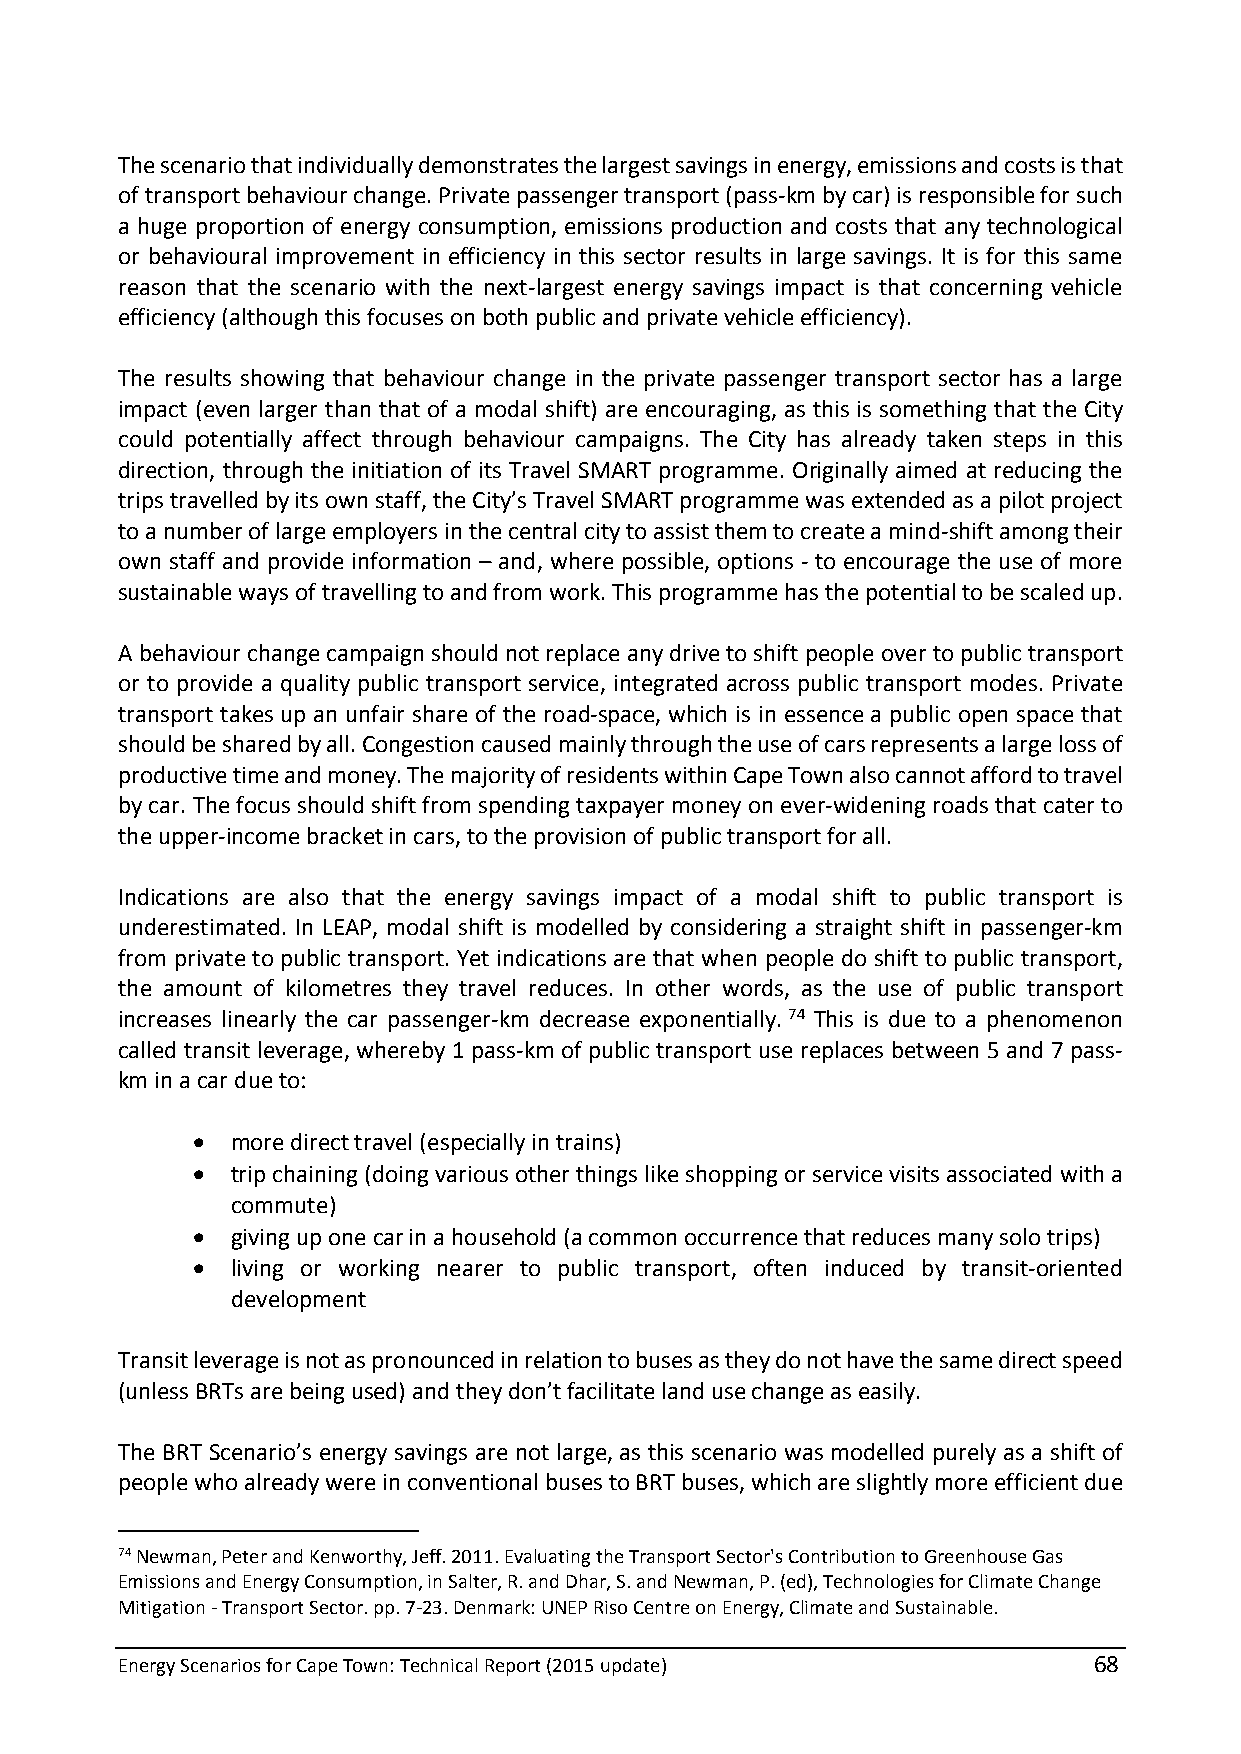
The scenario that individually demonstrates the largest savings in energy, emissions and costs is that
 of transport behaviour change. Private passenger transport (pass-km by car) is responsible for such
 a huge proportion of energy consumption, emissions production and costs that any technological
 or behavioural improvement in efficiency in this sector results in large savings. It is for this same
 reason that the scenario with the next-largest energy savings impact is that concerning vehicle
 efficiency (although this focuses on both public and private vehicle efficiency).
 The results showing that behaviour change in the private passenger transport sector has a large
 impact (even larger than that of a modal shift) are encouraging, as this is something that the City
 could potentially affect through behaviour campaigns. The City has already taken steps in this
 direction, through the initiation of its Travel SMART programme. Originally aimed at reducing the
 trips travelled by its own staff, the City’s Travel SMART programme was extended as a pilot project
 to a number of large employers in the central city to assist them to create a mind-shift among their
 own staff and provide information – and, where possible, options - to encourage the use of more
 sustainable ways of travelling to and from work. This programme has the potential to be scaled up.
 A behaviour change campaign should not replace any drive to shift people over to public transport
 or to provide a quality public transport service, integrated across public transport modes. Private
 transport takes up an unfair share of the road-space, which is in essence a public open space that
 should be shared by all. Congestion caused mainly through the use of cars represents a large loss of
 productive time and money. The majority of residents within Cape Town also cannot afford to travel
 by car. The focus should shift from spending taxpayer money on ever-widening roads that cater to
 the upper-income bracket in cars, to the provision of public transport for all.
 Indications are also that the energy savings impact of a modal shift to public transport is
 underestimated. In LEAP, modal shift is modelled by considering a straight shift in passenger-km
 from private to public transport. Yet indications are that when people do shift to public transport,
 the amount of kilometres they travel reduces. In other words, as the use of public transport
 increases linearly the car passenger-km decrease exponentially. 74 This is due to a phenomenon
 called transit leverage, whereby 1 pass-km of public transport use replaces between 5 and 7 pass-
 km in a car due to:
  more direct travel (especially in trains)
  trip chaining (doing various other things like shopping or service visits associated with a
 commute)
  giving up one car in a household (a common occurrence that reduces many solo trips)
  living or working nearer to public transport, often induced by transit-oriented
 development
 Transit leverage is not as pronounced in relation to buses as they do not have the same direct speed
 (unless BRTs are being used) and they don’t facilitate land use change as easily.
 The BRT Scenario’s energy savings are not large, as this scenario was modelled purely as a shift of
 people who already were in conventional buses to BRT buses, which are slightly more efficient due
 74 Newman, Peter and Kenworthy, Jeff. 2011. Evaluating the Transport Sector's Contribution to Greenhouse Gas
 Emissions and Energy Consumption, in Salter, R. and Dhar, S. and Newman, P. (ed), Technologies for Climate Change
 Mitigation - Transport Sector. pp. 7-23. Denmark: UNEP Riso Centre on Energy, Climate and Sustainable.
 Energy Scenarios for Cape Town: Technical Report (2015 update)  68